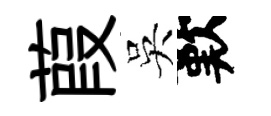
葭吳歎